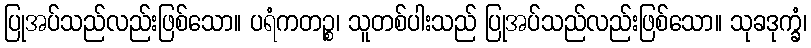
ပြုအပ်သည်လည်းဖြစ်သော။ ပရံကတဉ္စ၊ သူတစ်ပါးသည် ပြုအပ်သည်လည်းဖြစ်သော။ သုခဒုက္ခံ၊